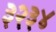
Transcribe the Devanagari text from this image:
३२३४